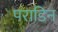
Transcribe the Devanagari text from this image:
पराडिन